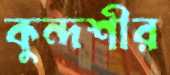
কুন্দশীর